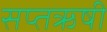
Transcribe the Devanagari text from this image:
सप्तऋषी